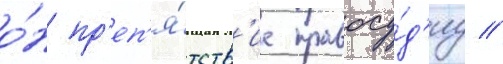
о́н пр'еп'я́тств'ие правосу́д'иу //